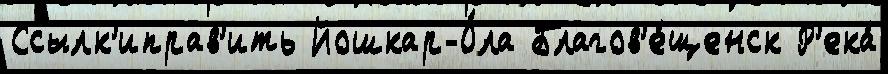
Ссылк'иправ'ить Йошкар-О́ла Благов'е́щенск Р'ека́